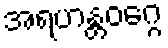
အရဟန္တဝဂ္ဂေ